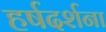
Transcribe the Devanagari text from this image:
हर्षदर्शना